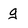
Character: g